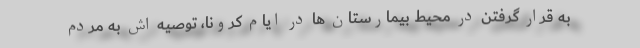
به قرار گرفتن در محیط بیمارستان ها در ایام کرونا، توصیه اش به مردم